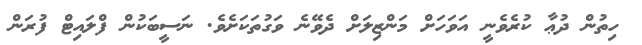
ހިތުން ދުޢާ ކުރެވެނީ އަވަހަށް މަންޒިލަށް ދެވޭނެ ވަގުތަކަށެވެ. ނަސީބަކުން ފްލައިޓް ފުރަން